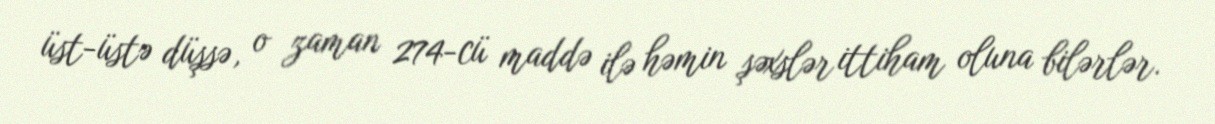
üst-üstə düşsə, o zaman 274-cü maddə ilə həmin şəxslər ittiham oluna bilərlər.